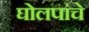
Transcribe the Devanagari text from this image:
घोलपांचे